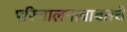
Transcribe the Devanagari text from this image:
परिचालनाबाबतचे